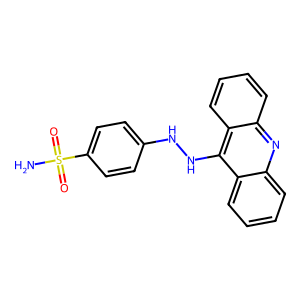
SMILES: NS(=O)(=O)c1ccc(NNc2c3ccccc3nc3ccccc23)cc1
Inhibits HIV replication: No